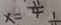
x = \frac { 1 1 } { 4 }